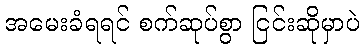
အမေးခံရရင် စက်ဆုပ်စွာ ငြင်းဆိုမှာပဲ